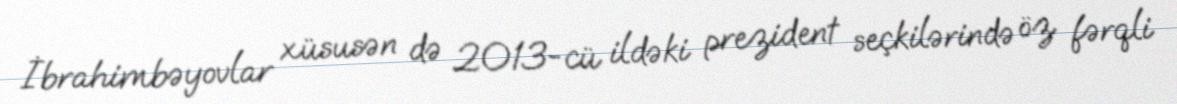
İbrahimbəyovlar xüsusən də 2013-cü ildəki prezident seçkilərində öz fərqli